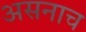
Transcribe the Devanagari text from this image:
असनाच